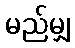
မည်မျှ